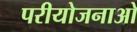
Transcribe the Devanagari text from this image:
परीयोजनाओ